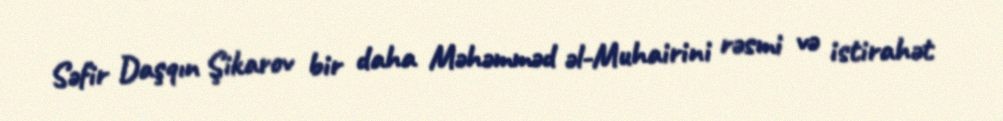
Səfir Daşqın Şikarov bir daha Məhəmməd əl-Muhairini rəsmi və istirahət